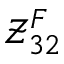
\mathcal { Z } _ { 3 2 } ^ { F }